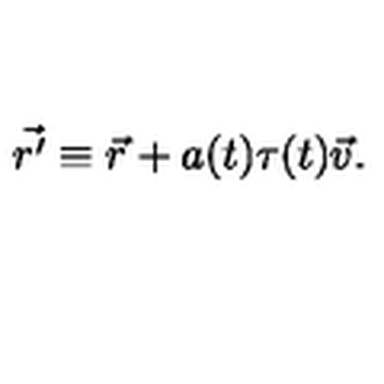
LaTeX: \vec { r ^ { \prime } } \equiv \vec { r } + a ( t ) \tau ( t ) \vec { v } .